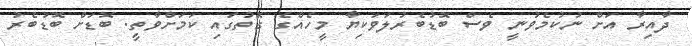
ދާއިރާ އަށް ނުކުމެވުނީ ވެސް ބޮޑުބެރުލަވަކިޔާ މީހެއްގެ ގޮތުގައި ކަމަށްވާތީ. ބޮޑަށް ބޮޑުބެރު